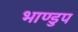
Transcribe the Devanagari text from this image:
भाण्डुप